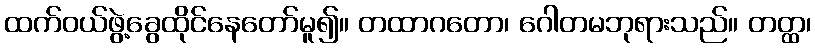
ထက်ဝယ်ဖွဲ့ခွေထိုင်နေတော်မူ၍။ တထာဂတော၊ ဂေါတမဘုရားသည်။ တတ္ထ၊